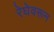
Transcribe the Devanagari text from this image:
रेघेवरून